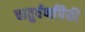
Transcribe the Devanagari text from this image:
चातुर्वर्णांपैकी